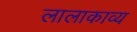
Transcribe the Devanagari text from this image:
लालाकाव्य